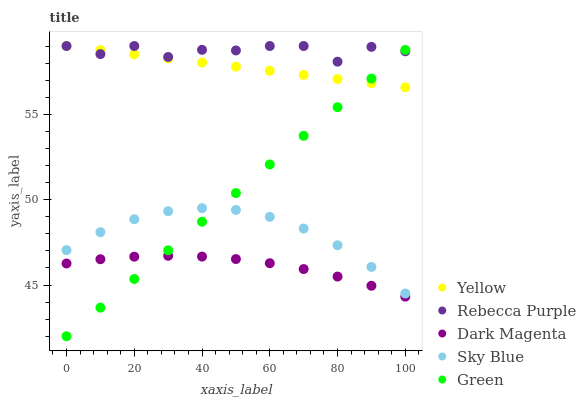
| xaxis_label | Yellow | Rebecca Purple | Dark Magenta | Sky Blue | Green |
 | --- | --- | --- | --- | --- | --- |
 | 0 | 59 | 59 | 46.3 | 47 | 42 |
 | 10 | 58.8 | 58.5 | 46.5 | 48.1 | 43.7 |
 | 20 | 58.5 | 59 | 46.7 | 48.9 | 45.4 |
 | 30 | 58.3 | 58.4 | 46.7 | 49.3 | 47 |
 | 40 | 58 | 58.8 | 46.7 | 49.5 | 48.7 |
 | 50 | 57.8 | 58.7 | 46.5 | 49.4 | 50.4 |
 | 60 | 57.5 | 59 | 46.3 | 49 | 52.1 |
 | 70 | 57.3 | 59 | 45.9 | 48.3 | 53.7 |
 | 80 | 57.1 | 58.1 | 45.5 | 47.3 | 55.4 |
 | 90 | 56.8 | 59 | 45 | 46.1 | 57.1 |
 | 100 | 56.6 | 58.7 | 44.3 | 44.5 | 58.8 |